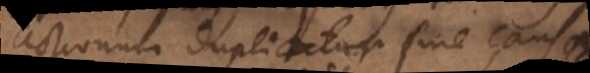
actionum duplicatur sine causa.